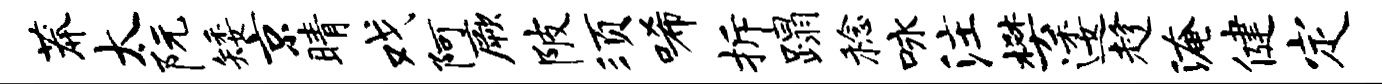
莽太阮矮京睛戏阿厥陂须唏拆蹋稔咏注樊逶趁淹健定